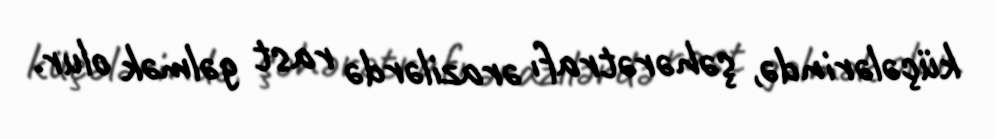
küçələrində, şəhərətrafı ərazilərdə rast gəlmək olur.